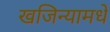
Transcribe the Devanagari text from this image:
खजिन्यामधे